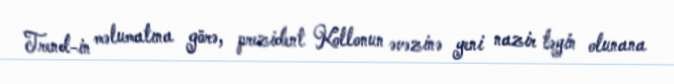
Trend-in məlumatına görə, prezident Kollonun əvəzinə yeni nazir təyin olunana